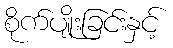
စိုက်ပျိုးခြင်းနှင့်